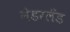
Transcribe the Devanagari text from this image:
नेडरलँड